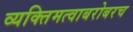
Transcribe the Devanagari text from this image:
व्यक्तिमत्वाबरोबरच